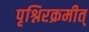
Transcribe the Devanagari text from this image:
पृश्निरक्रमीत्